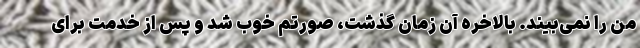
من را نمی‌بیند. بالاخره آن زمان گذشت، صورتم خوب شد و پس از خدمت برای